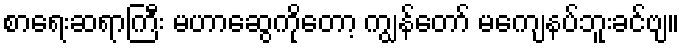
စာရေးဆရာကြီး မဟာဆွေကိုတော့ ကျွန်တော် မကျေနပ်ဘူးခင်ဗျ။